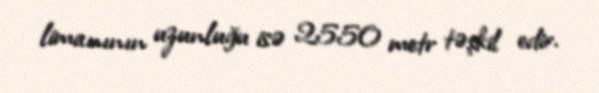
limanının uzunluğu isə 2550 metr təşkil edir.